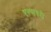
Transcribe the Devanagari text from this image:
एल्सबरी